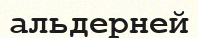
альдерней